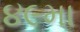
૪૯મા